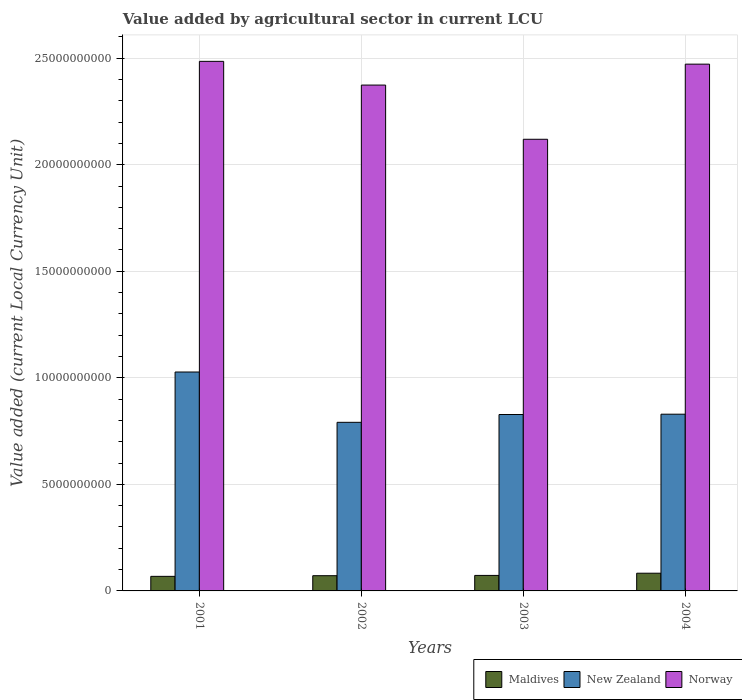
| Years | Maldives | New Zealand | Norway |
 | --- | --- | --- | --- |
 | 2001 | 6.84e+08 | 1.03e+10 | 2.49e+10 |
 | 2002 | 7.15e+08 | 7.91e+09 | 2.37e+10 |
 | 2003 | 7.27e+08 | 8.28e+09 | 2.12e+10 |
 | 2004 | 8.31e+08 | 8.29e+09 | 2.47e+10 |